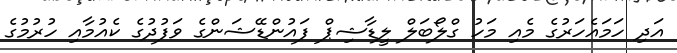
އަދި ހަމައެހަރުގެ މެއި މަހު ގްލޯބަލް ލީޑާޝިޕް ފައުންޑޭޝަންގެ ވަފުދުގެ ކެއުމާއި ހުރުމުގެ